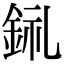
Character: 𨦂